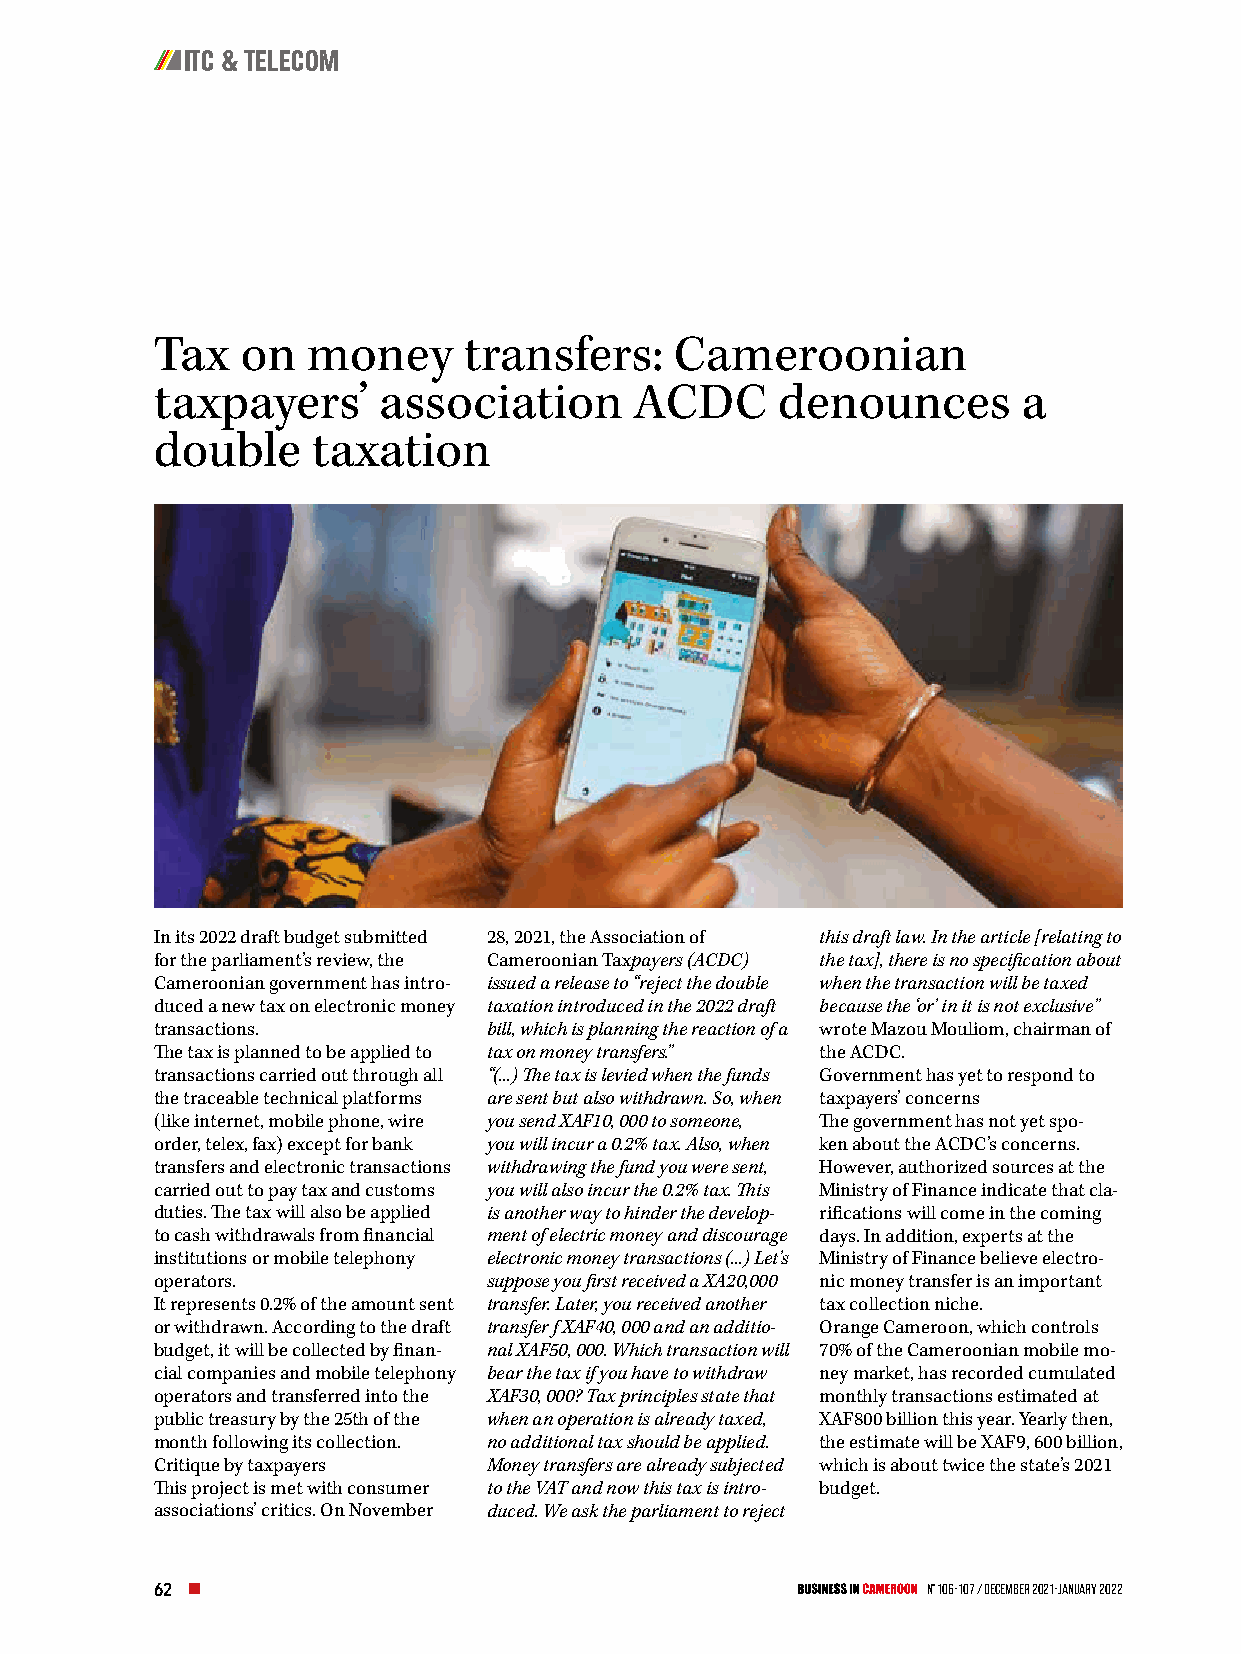
ITC & TELECOM
 Tax   on  money      transfers:    Cameroonian
 taxpayers’     association      ACDC     denounces        a
 double     taxation
 In its 2022 draft budget submitted 28, 2021, the Association of this draft law. In the article [relating to
 for the parliament’s review, the Cameroonian Taxpayers (ACDC) the tax], there is no specification about
 Cameroonian government has intro- issued a release to “reject the double when the transaction will be taxed
 duced a new tax on electronic money taxation introduced in the 2022 draft because the ‘or’ in it is not exclusive”
 transactions.         bill, which is planning the reaction of a wrote Mazou Mouliom, chairman of
 The tax is planned to be applied to tax on money transfers.” the ACDC.
 transactions carried out through all “(...) The tax is levied when the funds Government has yet to respond to
 the traceable technical platforms are sent but also withdrawn. So, when taxpayers’ concerns
 (like internet, mobile phone, wire you send XAF10, 000 to someone, The government has not yet spo-
 order, telex, fax) except for bank you will incur a 0.2% tax. Also, when ken about the ACDC’s concerns.
 transfers and electronic transactions withdrawing the fund you were sent, However, authorized sources at the
 carried out to pay tax and customs you will also incur the 0.2% tax. This Ministry of Finance indicate that cla-
 duties. The tax will also be applied is another way to hinder the develop- rifications will come in the coming
 to cash withdrawals from financial ment of electric money and discourage days. In addition, experts at the
 institutions or mobile telephony electronic money transactions (...) Let’s Ministry of Finance believe electro-
 operators.            suppose you first received a XA20,000 nic money transfer is an important
 It represents 0.2% of the amount sent transfer. Later, you received another tax collection niche.
 or withdrawn. According to the draft transfer f XAF40, 000 and an additio- Orange Cameroon, which controls
 budget, it will be collected by finan- nal XAF50, 000. Which transaction will 70% of the Cameroonian mobile mo-
 cial companies and mobile telephony bear the tax if you have to withdraw ney market, has recorded cumulated
 operators and transferred into the XAF30, 000? Tax principles state that monthly transactions estimated at
 public treasury by the 25th of the when an operation is already taxed, XAF800 billion this year. Yearly then,
 month following its collection. no additional tax should be applied. the estimate will be XAF9, 600 billion,
 Critique by taxpayers Money transfers are already subjected which is about twice the state’s 2021
 This project is met with consumer to the VAT and now this tax is intro- budget.
 associations’ critics. On November duced. We ask the parliament to reject
 62                                                 N° 106-107 / December 2021-January 2022